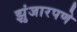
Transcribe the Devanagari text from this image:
झुंजारपणे